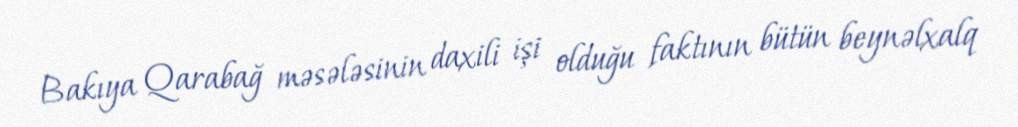
Bakıya Qarabağ məsələsinin daxili işi olduğu faktının bütün beynəlxalq